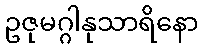
ဥဇုမဂ္ဂါနုသာရိနော